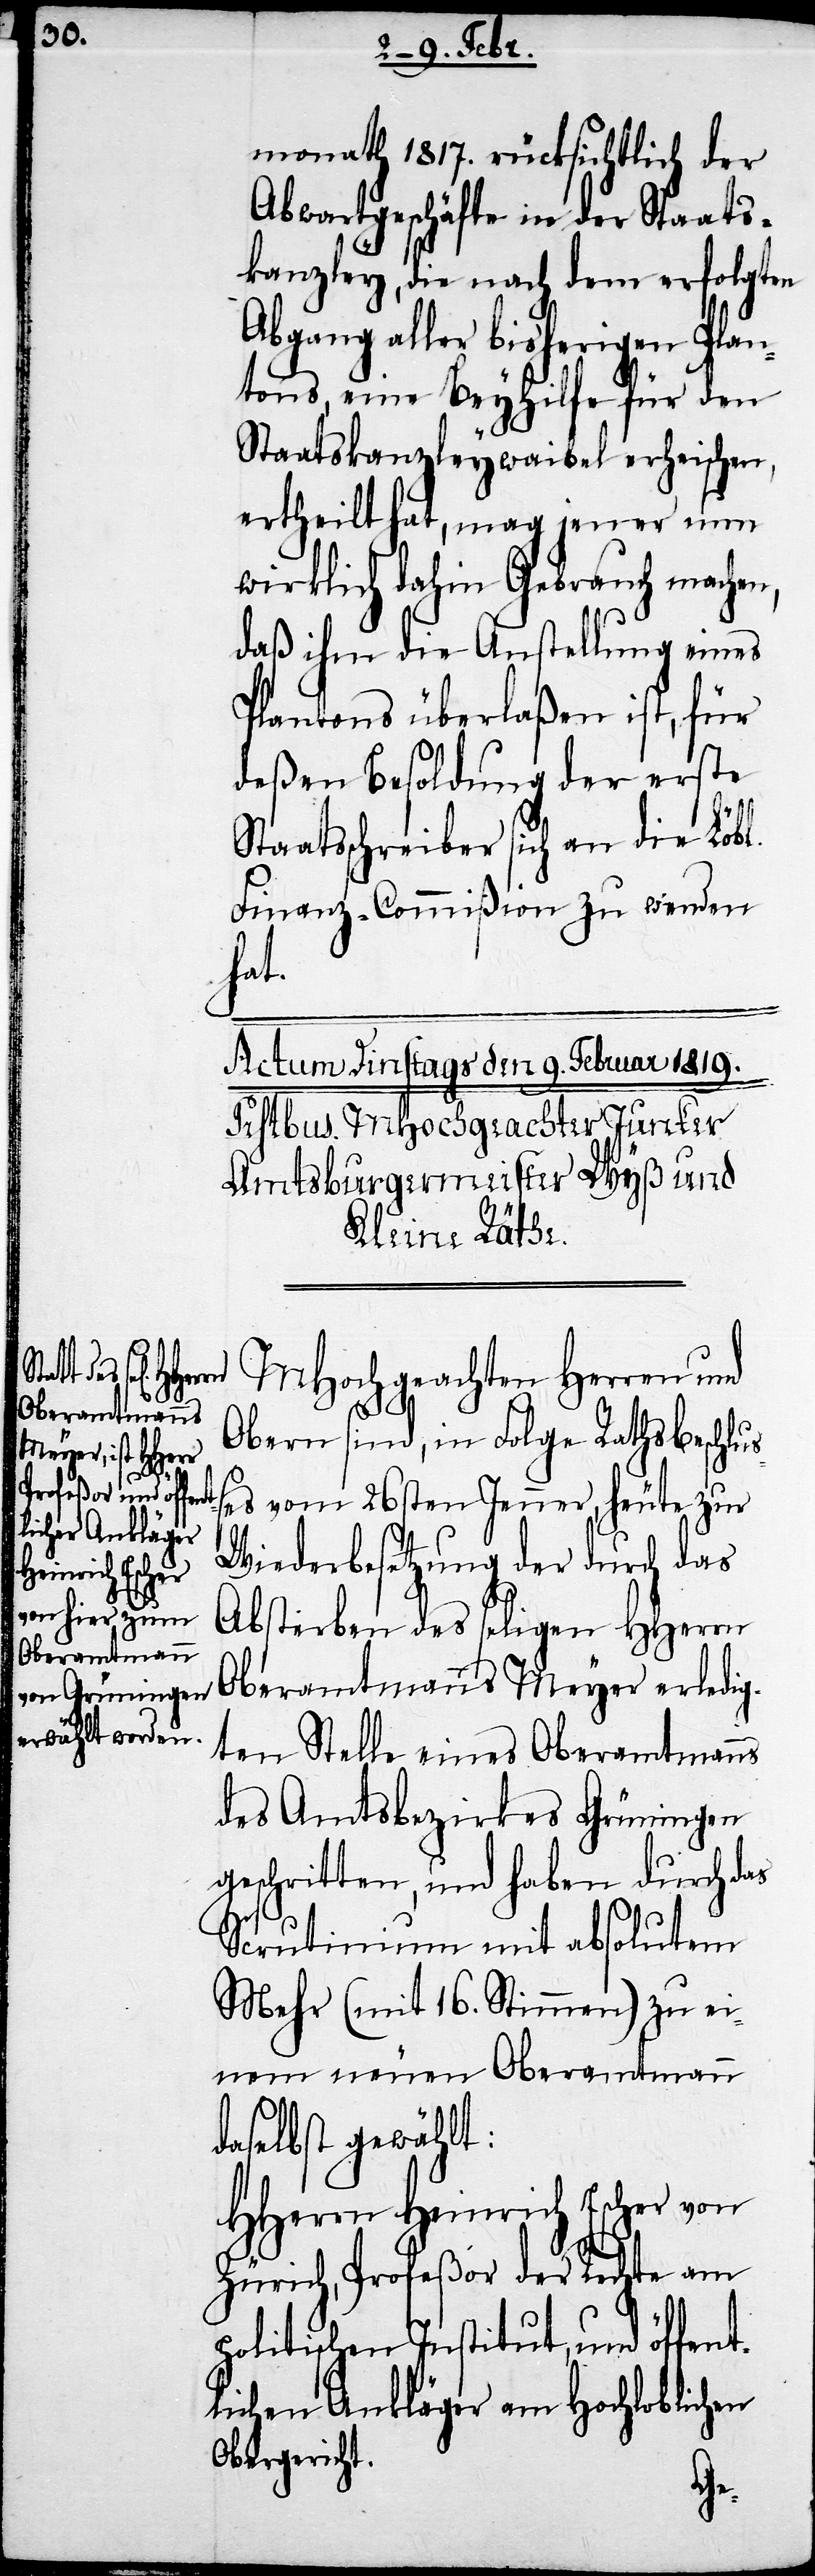
monath 1817. rücksichtlich der
Abwartgeschäfte in der Staats¬
kanzley, die nach dem erfolgten
Abgang aller bisherigen Plan¬
tons, eine Beyhilfe für den
Staatskanzleywaibel erheischen,
ertheilt hat, mag jener nun
wirklich dahin Gebrauch machen,
daß ihm die Anstellung eines
Plantons überlaßen ist, für
deßen Besoldung der erste
Staatsschreiber sich an die Löbl.
Finanz-Commißion zu wenden
hat.
MHochgeachten Herren und
Obern sind, in Folge Rathsbeschluß¬
es vom 26sten Jenner, heute zur
Wiederbesetzung der durch das
Absterben des seligen HHerrn
Oberamtmanns Meyer erledig¬
ten Stelle eines Oberamtmanns
des Amtsbezirkes Grüningen
geschritten, und haben durch das
Scrutinium mit absolutem
Mehr (mit 16. Stimmen) zu ei¬
nem neuen Oberamtmann
daselbst gewählt:
HHerrn Heinrich Escher von
Zürich, Profeßor der Rechte am
politischen Institut, und öffen¬
tlichen Ankläger am Hochloblichen
Obergericht.